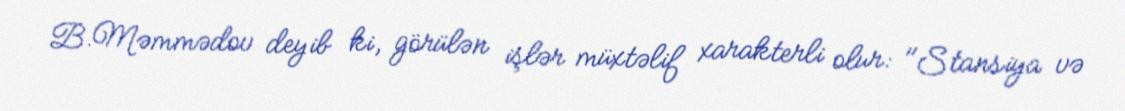
B.Məmmədov deyib ki, görülən işlər müxtəlif xarakterli olur: "Stansiya və